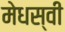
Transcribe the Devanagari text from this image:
मेधस्वी